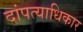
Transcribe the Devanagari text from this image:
दांपत्याधिकार